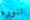
تنورة